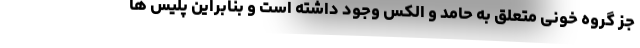
جز گروه خونی متعلق به حامد و الکس وجود داشته است و بنابراین پلیس ها